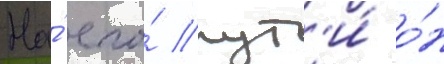
На́ его́ пут'и́ о́н